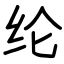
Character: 纶